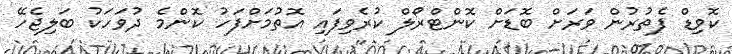
ކޮވިޑް ފެތުރުން ވަރަށް ބޮޑަށް ކޮންޓްރޯލް ކުރެވިފަައި އޮތުމަށްފަހު ކޮންމެ ދުވަހަކު ބަލިޖެހޭ